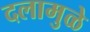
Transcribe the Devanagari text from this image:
दलामुळे